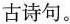
古诗句。